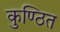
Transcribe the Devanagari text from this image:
कुण्ठित